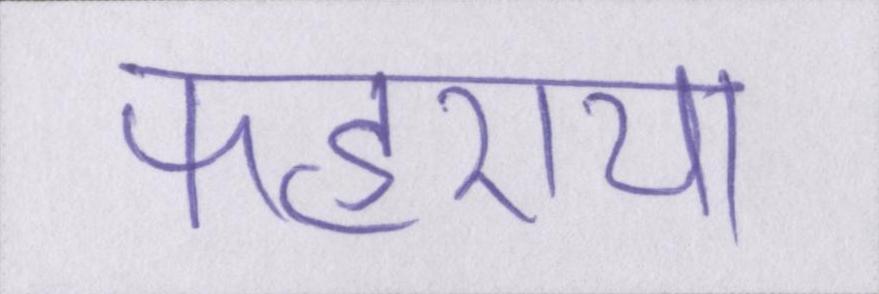
फहराया